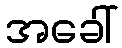
အခေါ်